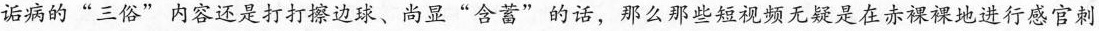
诟病的”三俗”内容还是打打擦边球、尚显”含蓄”的话，那么那些短视频无疑是在赤裸裸地进行感官刺